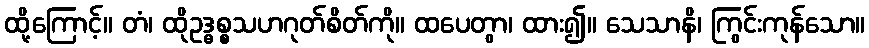
ထို့ကြောင့်။ တံ၊ ထိုဥဒ္ဓစ္စသဟဂုတ်စိတ်ကို။ ထပေတွာ၊ ထား၍။ သေသာနိ၊ ကြွင်းကုန်သော။